Vaccine operations Central Provinces 1900-1911 - 1900-1911
Year: 1900
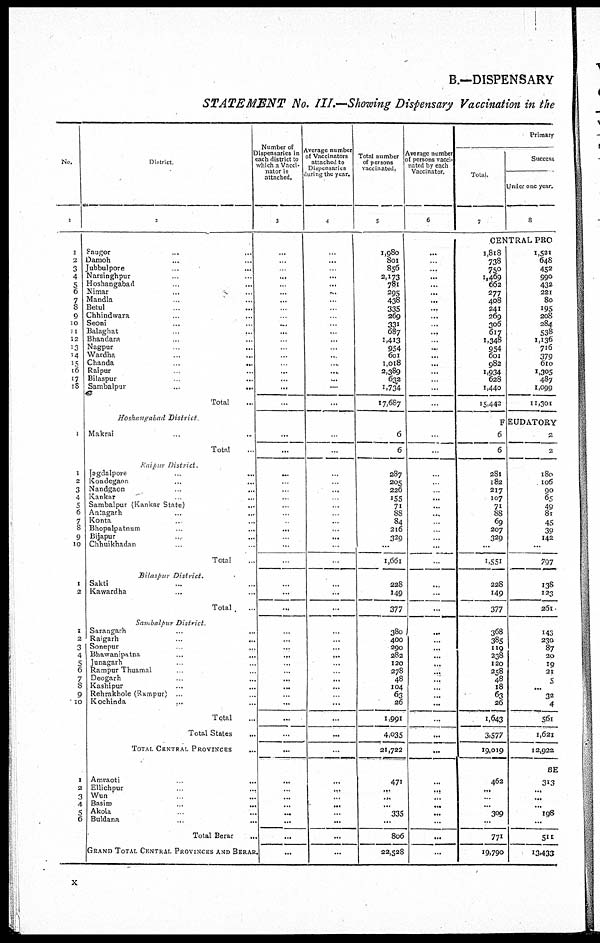
B.—DISPENSARY
STATEMENT No. III.—Showing Dispensary Vaccination in the
No.
1
1
2
3
4
5
6
7
8
9
10
11
12
13
14
15
16
17
18
1
1
2
3
4
5
6
7
8
9
10
1
2
1
2
3
4
5
6
7
8
9
10
1
2
3
4
5
6
District
2
Saugor ... ...
Damoh ... ...
Jubbulpore ... ...
Narsinghpur ... ...
Hoshangabad ... ...
Nimar ... ...
Mandla ... ...
Betul ... ...
Chhindwara ... ...
Seoni ... ...
Balaghat ... ...
Bhandara ... ...
Nagpur
... ...
Wardha ... ...
Chanda
.
...
...
Raipur ... ...
Bilaspur
... ...
Sambalpur
..
...
...
Total ...
Hoshangabad
District
Makrai ... ...
Total ...
Raipur
District
Jagdalpore ... ...
Kondegaon ... ...
Nandgaon ... ...
Kankar
...
...
Sambalpur (Kankar State) ...
Antagarh ... ...
Konta ... ...
Bhopalpatnum ... ...
Bijapur ... ...
Chhuikhadan ... ...
Total ...
Bilaspur
District.
Sakti ... ...
Kawardha ... ...
Total . ...
Sambalpur
District
Sarangarh ... ...
Raigarh
.
... ...
Sonepur ... ...
Bhawanipatna ... ...
Junagarh ... ...
Rampur Thuamal ... ...
Deogarh ... ...
Kashipur ... ...
Rehrakhole (Rampur) ... ...
Kochinda
...
...
Total ...
Total States ...
TOTAL CENTRAL PROVINCES ...
Amraoti ... ...
Ellichpur ... ...
Wun ... ...
Basim
...
...
Akola ... ...
Buldana ... ...
Total Berar ...
GRAND TOTAL CENTRAL PROVINCES AND BERAR.
Number of
Dispensanes in
each district to
which a Vacci-
nator is
attached.
3
...
...
...
...
...
...
...
...
...
...
...
...
...
...
...
...
...
...
...
...
...
...
...
...
...
...
...
...
...
...
...
...
...
...
...
...
...
...
...
...
...
...
...
...
...
...
...
...
...
...
...
...
...
...
...
...
Average number
of Vaccinators
attached to
Dispensaries
during the year.
4
1
...
...
...
...
...
...
...
...
...
...
...
...
...
...
...
...
...
...
...
...
...
...
...
...
...
...
...
...
...
...
...
...
...
...
...
...
...
...
...
...
...
...
...
...
...
...
...
...
...
...
...
...
...
...
...
Total number
of persons
Vaccinated.
5
1,980
801
856
2,173
781
295
438
335
269
331
687
1,413
954
601
1,018
2,389
632
1,734
17,687
6
6
287
205
226
155
71
88
84
216
329
...
1,661
228
149
377
380
400
290
282
120
278
48
104
63
26
1,991
4,035
21,722
471
...
...
...
335
...
806
22,528
Average number
persons vacci-
nated by each
Vaccinator.
6
...
...
...
...
...
...
...
...
...
...
...
...
...
...
...
...
. .
...
...
...
...
...
...
...
...
...
...
...
...
...
...
...
...
...
...
...
...
...
...
...
...
...
...
...
...
...
...
...
...
...
...
...
...
...
...
...
Primary
Total
7
Success
Under one year.
8
CENTRAL PRO
1,818
738
750
1,409
662
277
408
241
269
306
617
1,348
954
601
982
1,934
628
1,440
15,442
1,521
648
452
990
432
221
80
195
208
284
538
1,136
716
379
610
1,305
487
1,099
11,301
FEUDATORY
6
6
281
182
217
107
71
88
69
207
329
...
1,551
228
149
377
368
385
119
238
120
258
48
18
63
26
1,643
3,577
19,019
462
...
...
...
309
...
771
19,790
2
2
180
106
90
65
49
81
45
39
142
...
797
138
123
261
143
230
87
20
19
21
5
...
32
4
561
1,621
12,922
BE
313
...
...
...
198
...
511
13,433
x